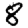
Digit: 8